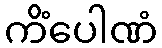
ကိံပေါဏံ